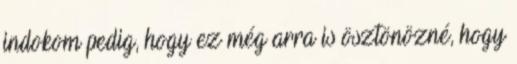
indokom pedig, hogy ez még arra is ösztönözné, hogy